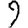
Digit: 9